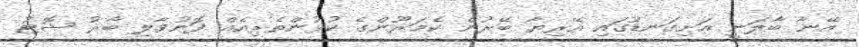
އޭނާ ބާލަނީ އަށިގަނޑުގައި އޭރިޔާ ބޭރުން ކެމަރޫންގެ ކުޅުންތެރިއެއް ފޮނުވާލި ބާރު ޝޮޓު